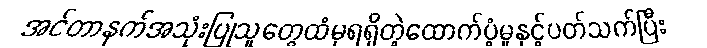
အင်တာနက်အသုံးပြုသူတွေထံမှရရှိတဲ့ထောက်ပံ့မှုနှင့်ပတ်သက်ပြီး